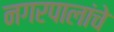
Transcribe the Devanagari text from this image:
नगरपालांचे